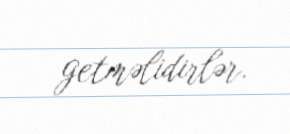
getməlidirlər.